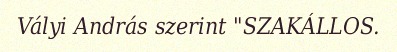
Vályi András szerint "SZAKÁLLOS.